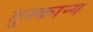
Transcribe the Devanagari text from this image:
तुस्कान्य